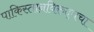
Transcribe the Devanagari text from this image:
पाकिस्तानविरुद्धचा